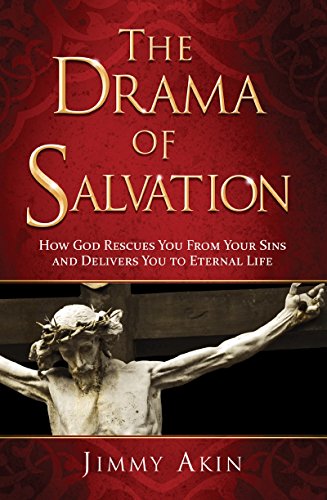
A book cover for The Drama of Salvation: How God Rescues You from Your Sins and Delivers You to Eternal Life; Jimmy Akin; Christian Books & Bibles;